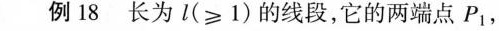
例18长为1(≥1)的线段，它的两端点P_{1}，